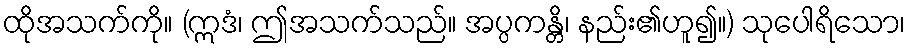
ထိုအသက်ကို။ (ဣဒံ၊ ဤအသက်သည်။ အပ္ပကန္တိ၊ နည်း၏ဟူ၍။) သုပေါရိသော၊